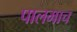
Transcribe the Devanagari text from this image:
पालमाच